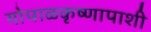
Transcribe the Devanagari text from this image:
गोपाळकृष्णापाशी